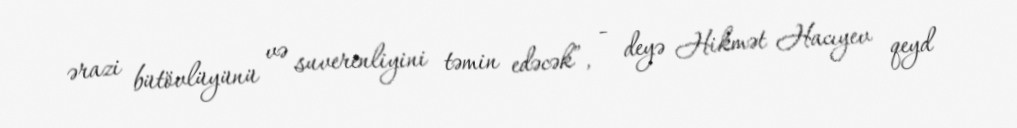
ərazi bütövlüyünü və suverenliyini təmin edəcək”, - deyə Hikmət Hacıyev qeyd